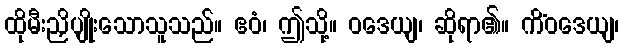
ထိုမီးညှိပျိုးသောသူသည်။ ဧဝံ၊ ဤသို့။ ဝဒေယျ၊ ဆိုရာ၏။ ကိံဝဒေယျ၊